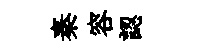
秦容認